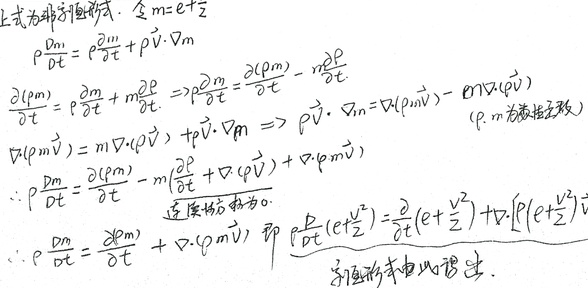
上式为非守恒形式，令 \(m = e+\frac{V^{2}}{2}\) 。

\(\rho\frac{Dm}{Dt}=\rho\frac{\partial m}{\partial t}+\rho\vec{V}\cdot\nabla m\) 。

\(\frac{\partial(\rho m)}{\partial t}=\rho\frac{\partial m}{\partial t}+m\frac{\partial\rho}{\partial t}\Rightarrow\rho\frac{\partial m}{\partial t}=\frac{\partial(\rho m)}{\partial t}-m\frac{\partial\rho}{\partial t}\) 。

\(\nabla\cdot(\rho m\vec{V})=m\nabla\cdot(\rho\vec{V})+\rho\vec{V}\cdot\nabla m\Rightarrow\rho\vec{V}\cdot\nabla m=\nabla\cdot(\rho m\vec{V})-m\nabla\cdot(\rho\vec{V})\) （\(\rho,m\) 为标量函数）。

\(\therefore\rho\frac{Dm}{Dt}=\frac{\partial(\rho m)}{\partial t}-m\frac{\partial\rho}{\partial t}+\nabla\cdot(\rho\vec{V})+\nabla\cdot(\rho m\vec{V})\) 。

连续方程为 \(0\) 。

\(\therefore\rho\frac{Dm}{Dt}=\frac{\partial(\rho m)}{\partial t}+\nabla\cdot(\rho m\vec{V})\) ，即 \(\rho\frac{D}{Dt}(e + \frac{V^{2}}{2})=\frac{\partial}{\partial t}(e+\frac{V^{2}}{2})+\nabla\cdot[\rho(e + \frac{V^{2}}{2})\vec{V}]\) 。

守恒形式由此得出。